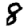
Digit: 8